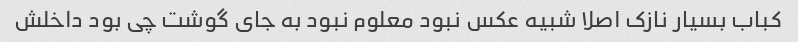
کباب بسیار نازک اصلا شبیه عکس نبود معلوم نبود به جای گوشت چی بود داخلش